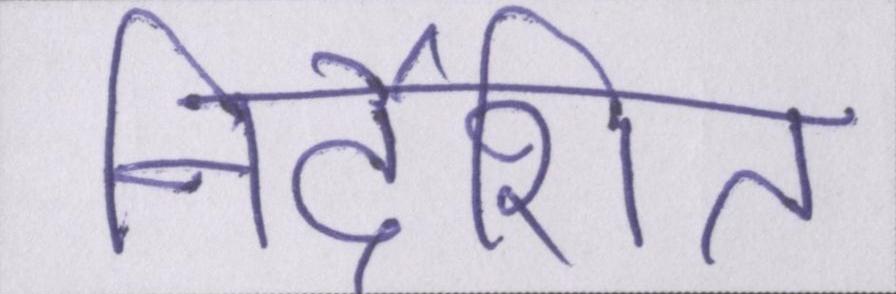
निर्देशित